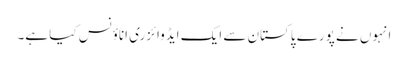
انہوں نے پورے پاکستان سے ایک ایڈوائزری اناؤنس کیا ہے۔